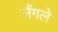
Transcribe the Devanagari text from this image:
लैंगले